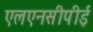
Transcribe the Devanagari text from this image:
एलएनसीपीई